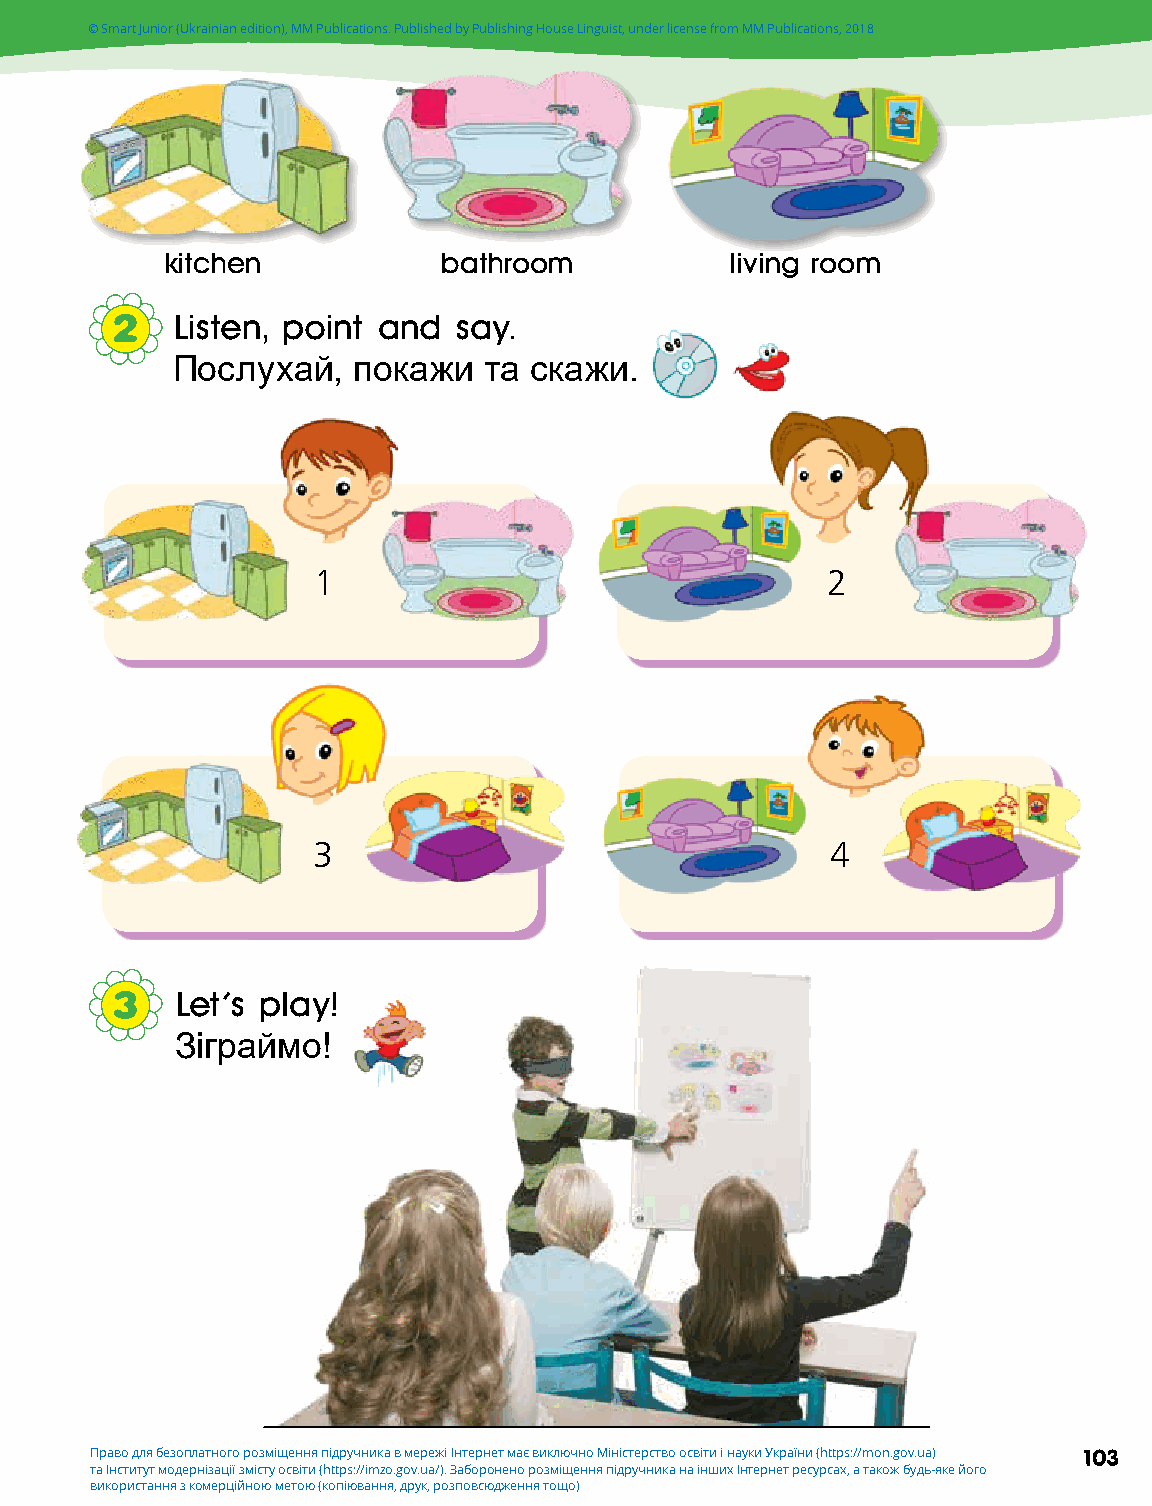
© Smart Junior (Ukrainian edition), MM Publications. Published by Publishing House Linguist, under license from MM Publications, 2018
 kitchen           bathroom           living room
 2   Listen, point and  say.
 Послухай,   покажи   та скажи.
 1                                 2
 3                                 4
 3    Let's play!
 Зіграймо!
 Право для безоплатного розміщення підручника в мережі Інтернет має виключно Міністерство освіти і науки України (https://mon.gov.ua) 103
 та Інститут модернізації змісту освіти (https://imzo.gov.ua/). Заборонено розміщення підручника на інших Інтернет ресурсах, а також будь-яке його
 використання з комерційною метою (копіювання, друк, розповсюдження тощо)